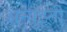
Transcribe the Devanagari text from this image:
अन्युइती